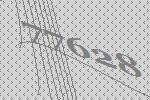
77628